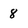
Character: 8